Indian journal of veterinary science and animal husbandry - Volume 10,
Year: 1940
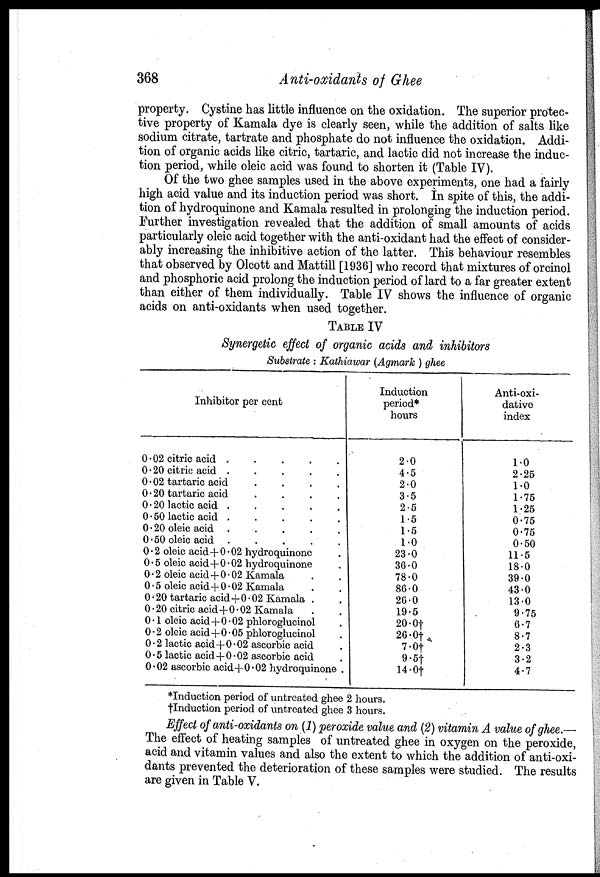
368
Anti-oxidants of Ghee
property. Cystine has little influence on the oxidation. The superior protec-
tive property of Kamala dye is clearly seen, while the addition of salts like
sodium citrate, tartrate and phosphate do not influence the oxidation. Addi-
tion of organic acids like citric, tartaric, and lactic did not increase the induc-
tion period, while oleic acid was found to shorten it (Table IV).
Of the two ghee samples used in the above experiments, one had a fairly
high acid value and its induction period was short. In spite of this, the addi-
tion of hydroquinone and Kamala resulted in prolonging the induction period.
Further investigation revealed that the addition of small amounts of acids
particularly oleic acid together with the anti-oxidant had the effect of consider-
ably increasing the inhibitive action of the latter. This behaviour resembles
that observed by Olcott and Mattill [1936] who record that mixtures of orcinol
and phosphoric acid prolong the induction period of lard to a far greater extent
than either of them individually. Table IV shows the influence of organic
acids on anti-oxidants when used together.
TABLE IV
Synergetic effect of organic acids and inhibitors
Substrate : Kathiawar (Agmark ) ghee
Inhibitor per cent
0.02 citric acid . . . . .
0.20 citric acid . . . . .
0.02 tartaric acid . . . .
0.20 tartaric acid . . . .
0.20 lactic acid . . . . .
0.50 lactic acid . . . . .
0.20 oleic acid . . . . .
0.50 oleic acid . . . . .
0.2 oleic acid+0.02 hydroquinone .
0.5 oleic acid+0.02 hydroquinone .
0.2 oleic acid+0.02 Kamala . .
0.5 oleic acid+0.02 Kamala . .
0.20 tartaric acid+0.02 Kamala . .
0.20 citric acid+0.02 Kamala . .
0.1 oleic acid+0.02 phloroglucinol .
0.2 oleic acid+0.05 phloroglucinol .
0.2 lactic acid+0.02 ascorbic acid .
0.5 lactic acid +0.02 ascorbic acid .
0.02 ascorbic acid+0.02 hydroquinone .
Induction
period *
hours
2.0
4.5
2.0
3.5
2.5
1.5
1.5
1.0
23.0
36.0
78.0
86.0
26.0
19.5
20.0†
26.0†
7.0†
9.5†
14.0†
Anti-oxi¬
dative
index
1.0
2.25
1.0
1.75
1.25
0.75
0.75
0.50
11.5
18.0
39.0
43.0
13.0
9.75
6.7
8.7
2.3
3.2
4.7
* Induction period of untreated ghee 2 hours.
† Induction period of untreated ghee 3 hours.
Effect of anti-oxidants on (1) peroxide value and (2) vitamin A value of ghee.—
The effect of heating samples of untreated ghee in oxygen on the peroxide,
acid and vitamin values and also the extent to which the addition of anti-oxi-
dants prevented the deterioration of these samples were studied. The results
are given in Table V.